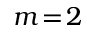
m \! = \! 2